Jaan_Tonisson_(Lasteleht), lk 26
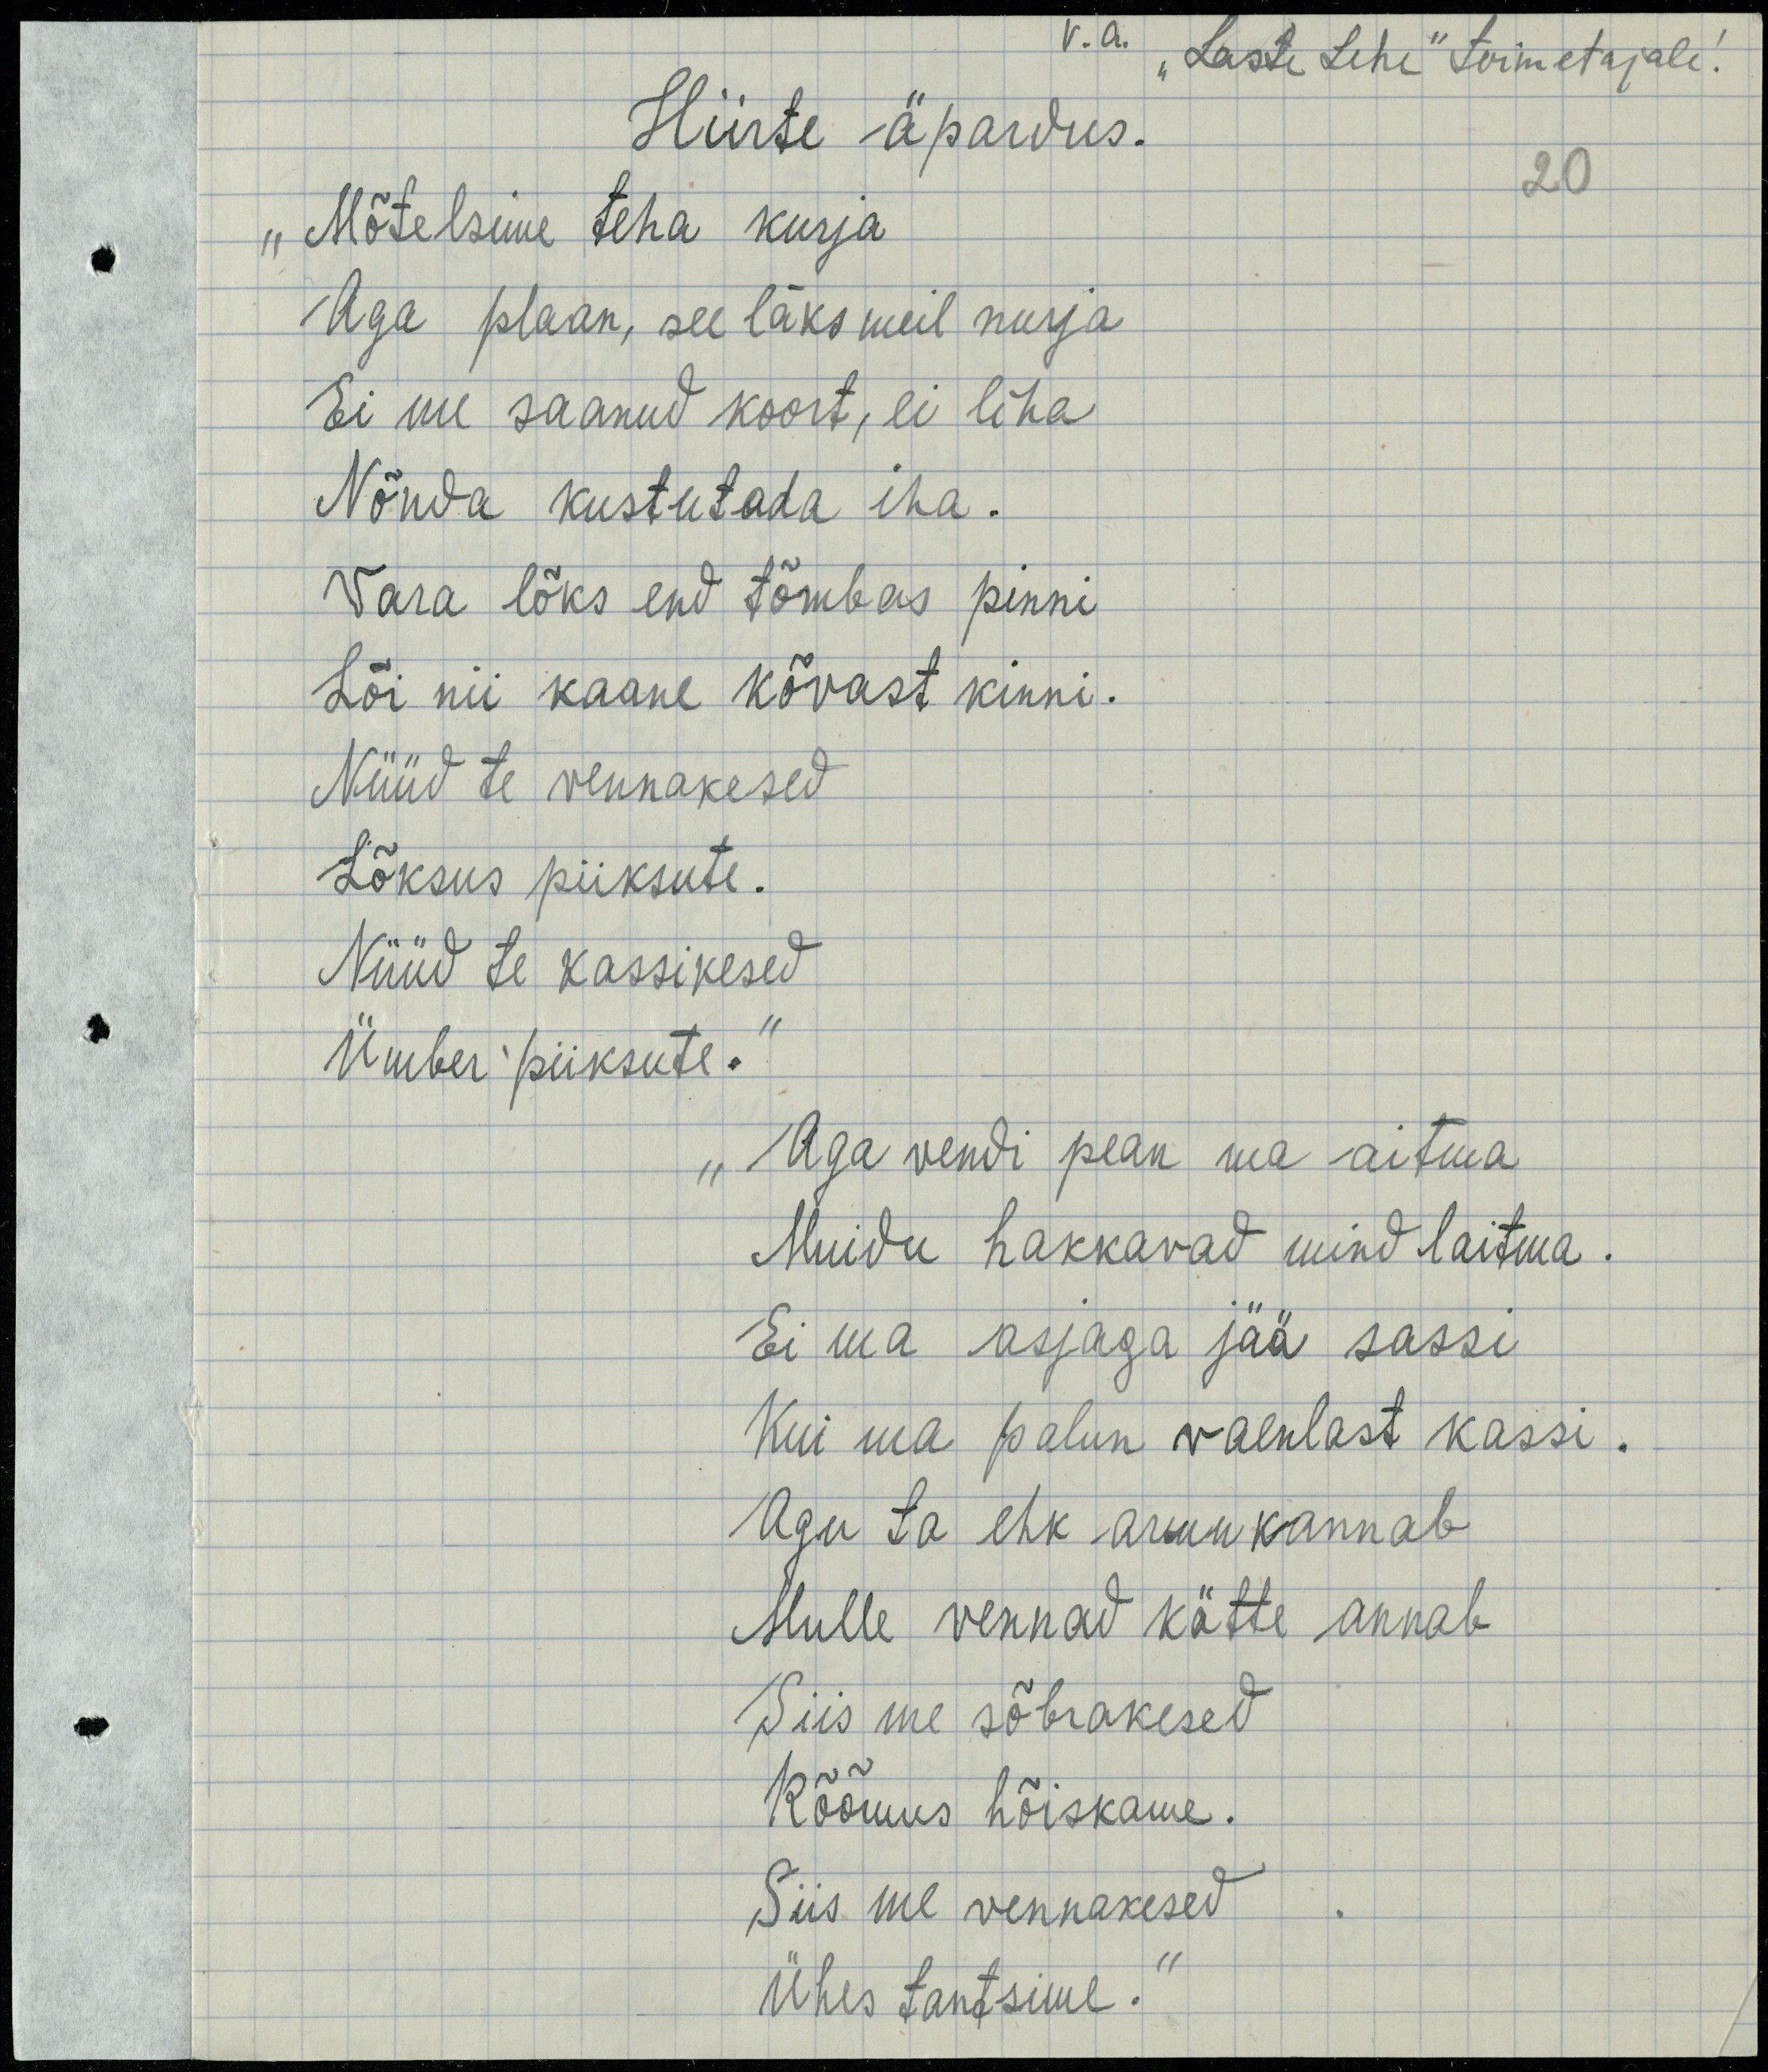
Hiirte äpardus.
v. a. „Lastelehe“ toimetajale.
„Mõtelsime teha kurja
Aga plaan, see läks meil nurja
Ei me saanud koort, ei liha
Nõnda kustutada iha.
Vara lõks end tõmbas pinni
Lõi nii kaane kõvast kinni.
Nüüd te vennakesed
Lõksus piiksute.
Nüüd te kassikesed
Ümber piiksute.“
„Aga vendi pean ma aitma
Muidu hakkavad mind laitma.
Ei ma asjaga jää sassi
Kui ma palun vaenlast kassi.
Aga ta ehk armu kannab
Mulle vennad kätte annab
Siis me sõbrakesed
Rõõmus hõiskame.
Siis me vennakesed 
Ühes tantsime.“